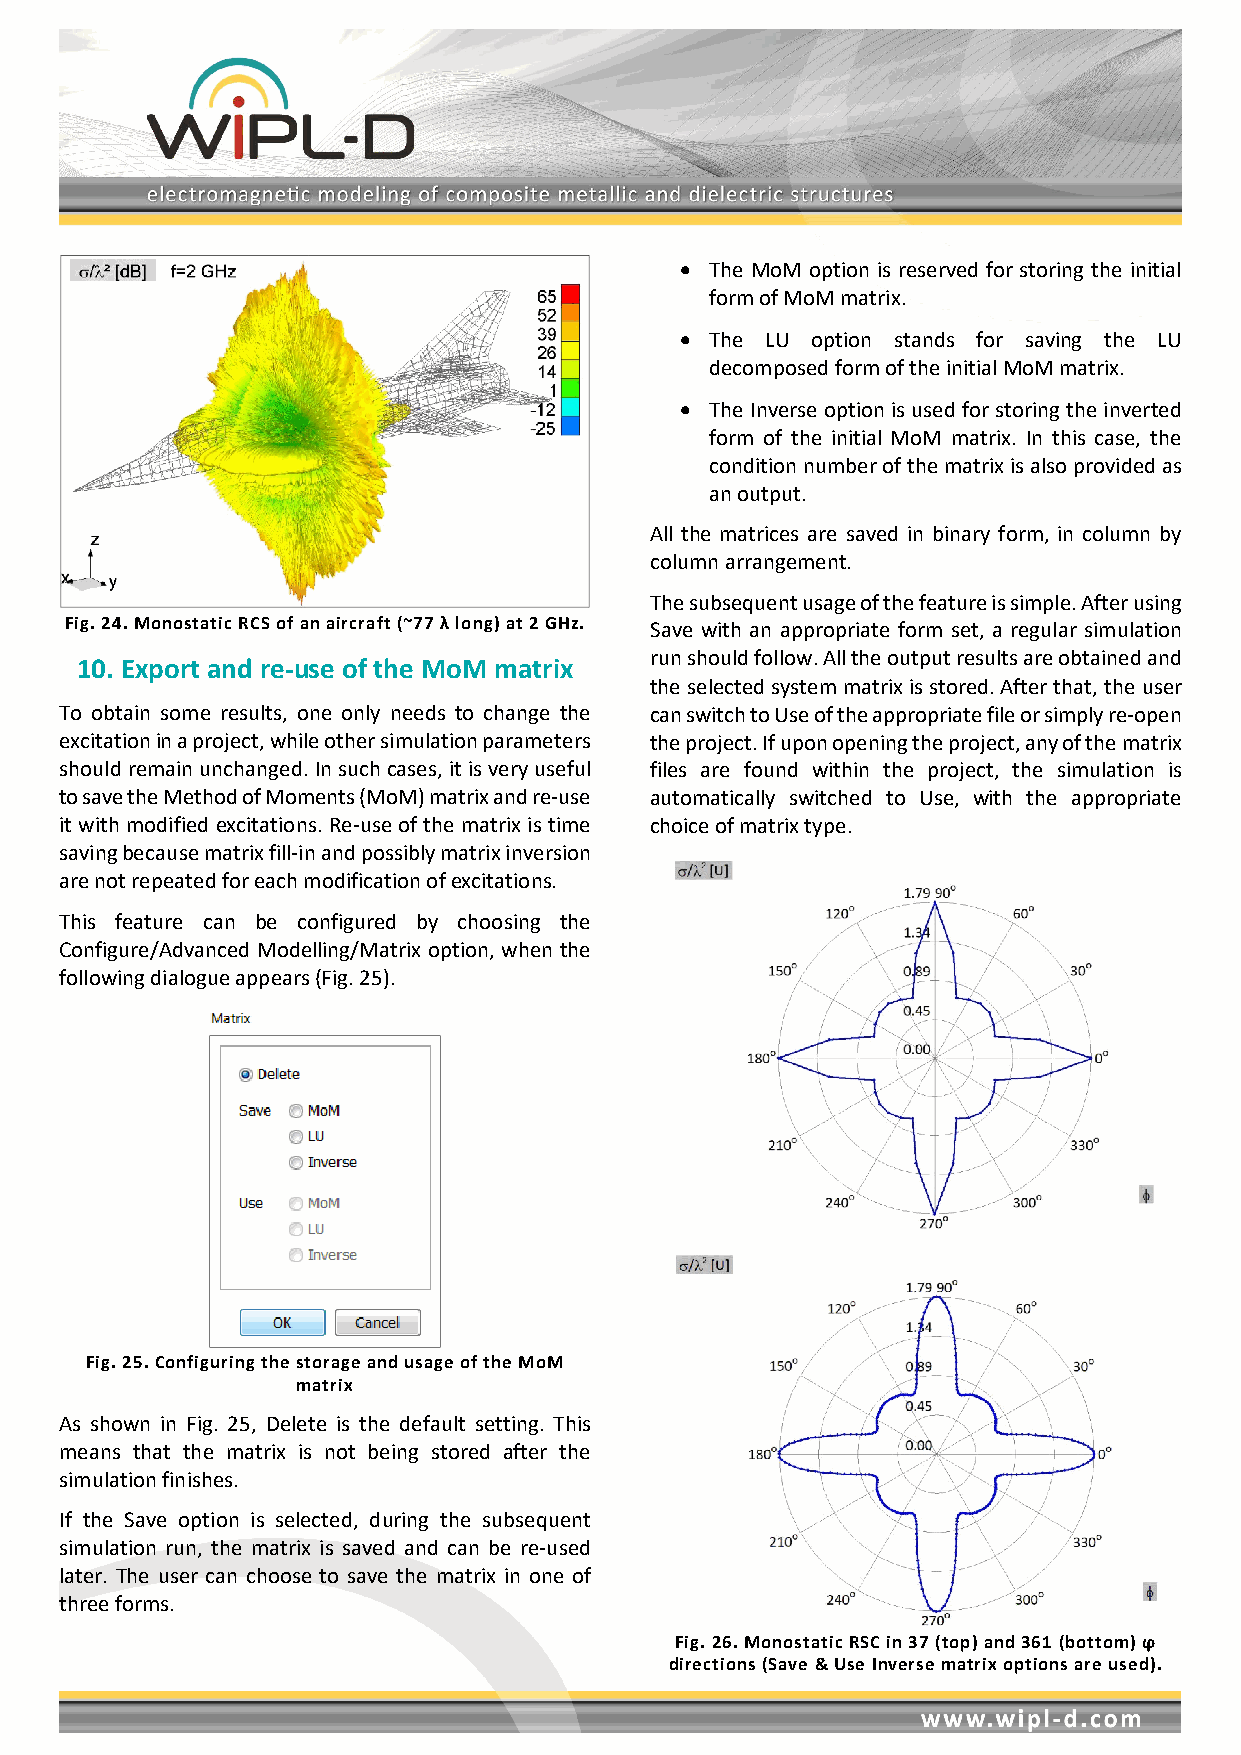
• The MoM option is reserved for storing the initial
 form of MoM matrix.
 • The LU option stands for saving the LU
 decomposed form of the initial MoM matrix.
 • The Inverse option is used for storing the inverted
 form of the initial MoM matrix. In this case, the
 condition number of the matrix is also provided as
 an output.
 All the matrices are saved in binary form, in column by
 column arrangement.
 The subsequent usage of the feature is simple. After using
 Fig. 24. Monostatic RCS of an aircraft (~77 λ long) at 2 GHz. Save with an appropriate form set, a regular simulation
 run should follow. All the output results are obtained and
 10. Export and re-use of the MoM matrix
 the selected system matrix is stored. After that, the user
 To obtain some results, one only needs to change the can switch to Use of the appropriate file or simply re-open
 excitation in a project, while other simulation parameters the project. If upon opening the project, any of the matrix
 should remain unchanged. In such cases, it is very useful files are found within the project, the simulation is
 to save the Method of Moments (MoM) matrix and re-use automatically switched to Use, with the appropriate
 it with modified excitations. Re-use of the matrix is time choice of matrix type.
 saving because matrix fill-in and possibly matrix inversion
 are not repeated for each modification of excitations.
 This feature can be configured by choosing the
 Configure/Advanced Modelling/Matrix option, when the
 following dialogue appears (Fig. 25).
 Fig. 25. Configuring the storage and usage of the MoM
 matrix
 As shown in Fig. 25, Delete is the default setting. This
 means that the matrix is not being stored after the
 simulation finishes.
 If the Save option is selected, during the subsequent
 simulation run, the matrix is saved and can be re-used
 later. The user can choose to save the matrix in one of
 three forms.
 Fig. 26. Monostatic RSC in 37 (top) and 361 (bottom) ϕ
 directions (Save & Use Inverse matrix options are used).